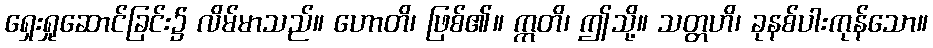
ရှေးရှုဆောင်ခြင်း၌ လိမ်မာသည်။ ဟောတိ၊ ဖြစ်၏။ ဣတိ၊ ဤသို့။ သတ္တဟိ၊ ခုနစ်ပါးကုန်သော။